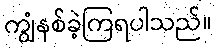
ကျွံနစ်ခဲ့ကြရပါသည်။